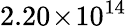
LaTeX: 2.20\! \times\! 10^{14}